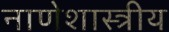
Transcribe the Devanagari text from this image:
नाणेशास्त्रीय